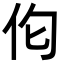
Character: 𪜪